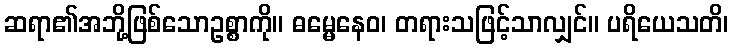
ဆရာ၏အဘို့ဖြစ်သောဥစ္စာကို။ ဓမ္မေနေဝ၊ တရားသဖြင့်သာလျှင်။ ပရိယေသတိ၊